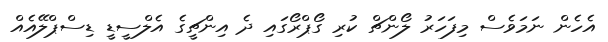
އެހެން ނަމަވެސް މިފަހަރު ލޯންޗް ކުރި ގޯޕްރޯގައި ދެ އިންޗީގެ އެލްސީޑީ ޑިސްޕްލޭއެއް